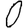
Digit: 0